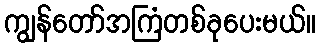
ကျွန်တော်အကြံတစ်ခုပေးမယ်။